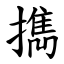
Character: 擕